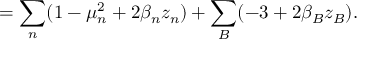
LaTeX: = \sum _ { n } ( 1 - \mu _ { n } ^ { 2 } + 2 \beta _ { n } z _ { n } ) + \sum _ { B } ( - 3 + 2 \beta _ { B } z _ { B } ) .